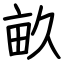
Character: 畝